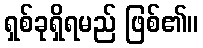
ရှစ်ခုရှိရမည် ဖြစ်၏။